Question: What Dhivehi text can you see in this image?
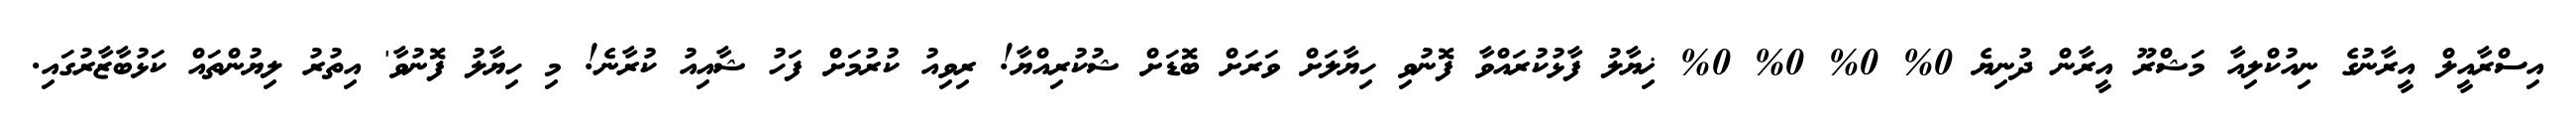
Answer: އިސްރާއީލް އީރާނުގެ ނިއުކްލިއާ މަޝްރޫ އީރާން ދުނިޔެ 0% 0% 0% 0% ޚިޔާލު ފާޅުކުރައްވާ ފޮނުވި ހިޔާލަށް ވަރަށް ބޮޑަށް ޝުކުރިއްޔާ! ރިވިއު ކުރުމަށް ފަހު ޝާއިއު ކުރާނެ! މި ހިޔާލު ފޮނުވާ' އިތުރު ލިޔުންތައް ކަޅުބާޒާރުގައި.